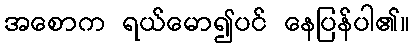
အစောက ရယ်မော၍ပင် နေပြန်ပါ၏။